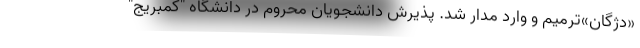
«دژگان»ترمیم و وارد مدار شد. پذیرش دانشجویان محروم در دانشگاه "کمبریج"